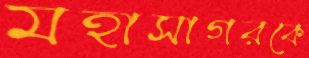
মহাসাগরকে